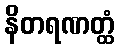
နိတရဏတ္ထံ